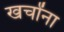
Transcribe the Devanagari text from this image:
खर्चांना